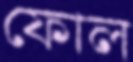
ফোল